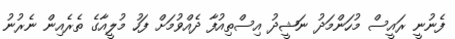
ފެނުނީ ރައީސް މުހަންމަދު ނަޝީދު އިސްތިއުފާ ދެއްވުމަށް ފަހު މުލީއާގެ ތެރެއިން ނެރުނު